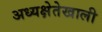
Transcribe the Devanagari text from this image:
अध्यक्षेतेखाली